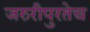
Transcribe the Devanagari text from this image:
जरुरीपुरतेच